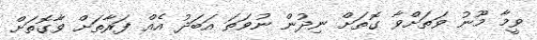
ވީމާ މޫނު ވަތަށްވާ ގޮތަށް ނިދުން ނުވަތަ އަބަދު އެއް ފަރާތަށް ވާގޮތަށް